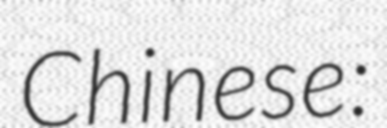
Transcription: Chinese: